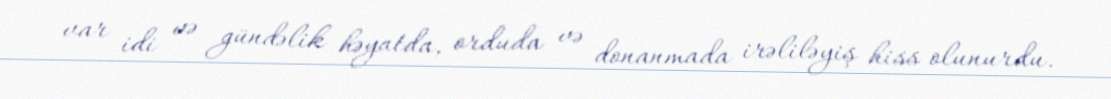
var idi və gündəlik həyatda, orduda və donanmada irəliləyiş hiss olunurdu.